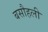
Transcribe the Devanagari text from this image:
बसौहली